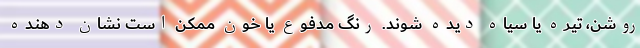
روشن، تیره یا سیاه دیده شوند. رنگ مدفوع یا خون ممکن است نشان دهنده